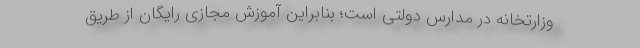
وزارتخانه در مدارس دولتی است؛ بنابراین آموزش مجازی رایگان از طریق